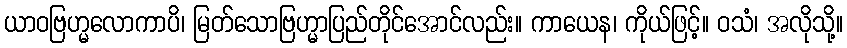
ယာဝဗြဟ္မလောကာပိ၊ မြတ်သောဗြဟ္မာပြည်တိုင်အောင်လည်း။ ကာယေန၊ ကိုယ်ဖြင့်။ ဝသံ၊ အလိုသို့။